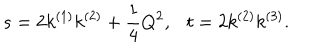
s = 2 k ^ { ( 1 ) } k ^ { ( 2 ) } + \frac { 1 } { 4 } Q ^ { 2 } , t = 2 k ^ { ( 2 ) } k ^ { ( 3 ) } .